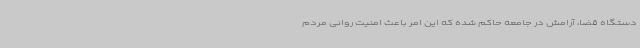
دستگاه قضا، آرامش در جامعه حاکم شده که این امر باعث امنیت روانی مردم